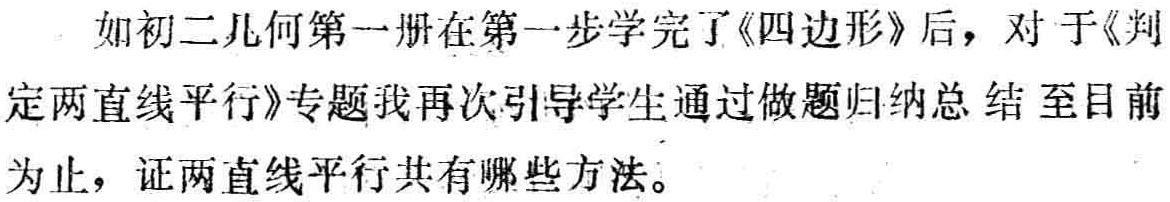
如初二几何第一册在第一步学完了《四边形》后，对于《判定两直线平行》专题我再次引导学生通过做题归纳总结 至目前为止，证两直线平行共有哪些方法。